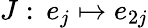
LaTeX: J:\, e_{j}\mapsto e_{2j}